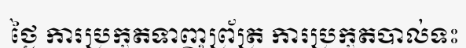
ថ្ងៃ ការប្រកួតទាញព្រ័ត្រ ការប្រកួតបាល់ទះ